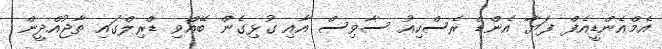
އެމްއެންޑީއެފް ފަޔާ އެންޑް ރެސްކިއު ސާވިސް އާއި ގުޅިގެން ބޭއްވި ޑްރިލްގައި ތާޖުއްދީން